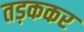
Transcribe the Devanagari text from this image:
तड़ककर